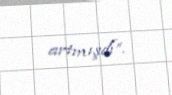
artmışdı”.